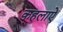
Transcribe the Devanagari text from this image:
कहलाऐ